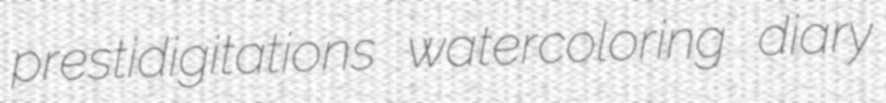
prestidigitations watercoloring diary